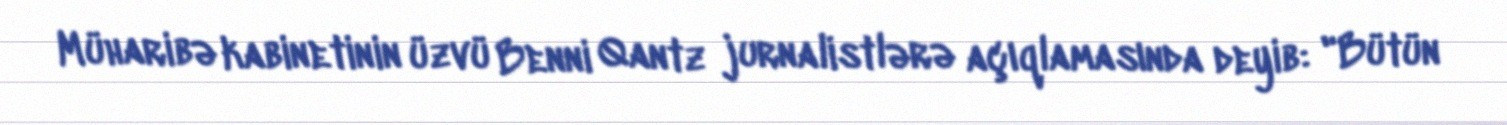
Müharibə kabinetinin üzvü Benni Qantz jurnalistlərə açıqlamasında deyib: "Bütün